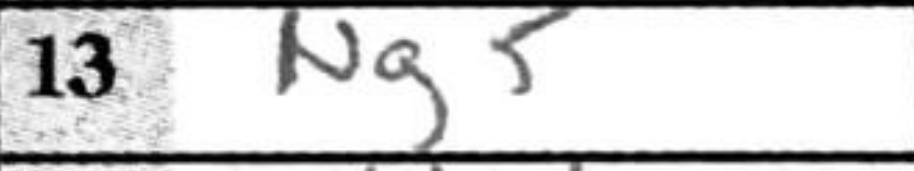
Transcription: Ng5